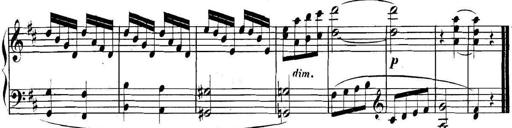
Title: Collected Piano Sonatas
Composer: Muzio Clementi